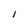
Character: l